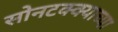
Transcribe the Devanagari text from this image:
सोनटक्क्याच्या